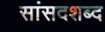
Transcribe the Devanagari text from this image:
सांसदशब्द